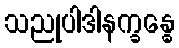
သညုပါဒါနက္ခန္ဓေ